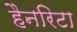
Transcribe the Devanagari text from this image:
हैनरिटा